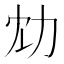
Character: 𠠹